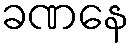
ခဏနေ